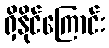
ရှိနိုင်ကြောင်း